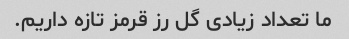
ما تعداد زیادی گل رز قرمز تازه داریم.